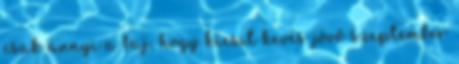
csak annyi a baj, hogy kicsit kevés jövő szeptember